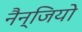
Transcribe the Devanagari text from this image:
नैन्जियो